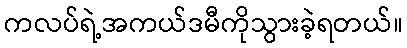
ကလပ်ရဲ့အကယ်ဒမီကိုသွားခဲ့ရတယ်။